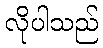
လိုပါသည်